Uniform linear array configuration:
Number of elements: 4
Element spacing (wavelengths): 0.75
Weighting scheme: blackman
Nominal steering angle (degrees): -45
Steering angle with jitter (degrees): -45.477
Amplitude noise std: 0.05
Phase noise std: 0.05

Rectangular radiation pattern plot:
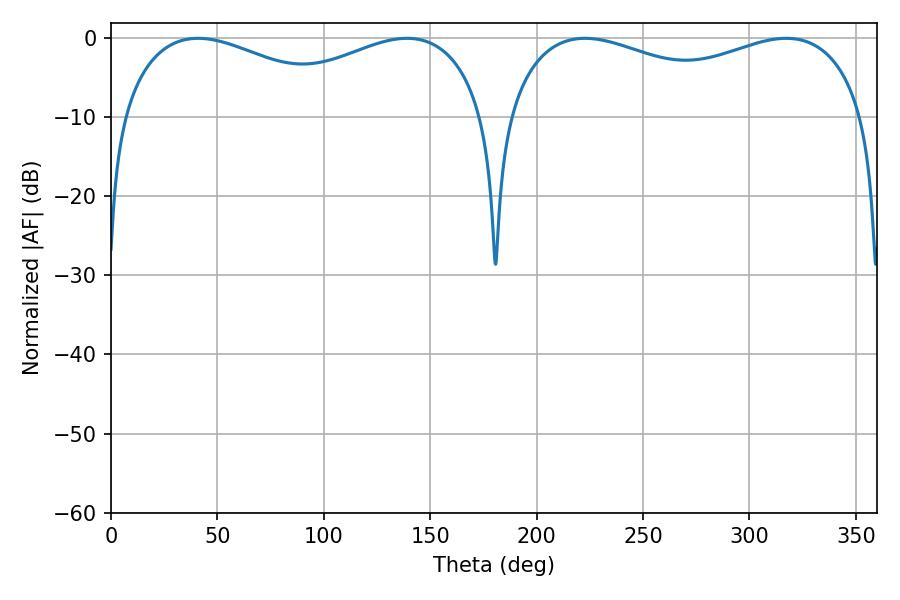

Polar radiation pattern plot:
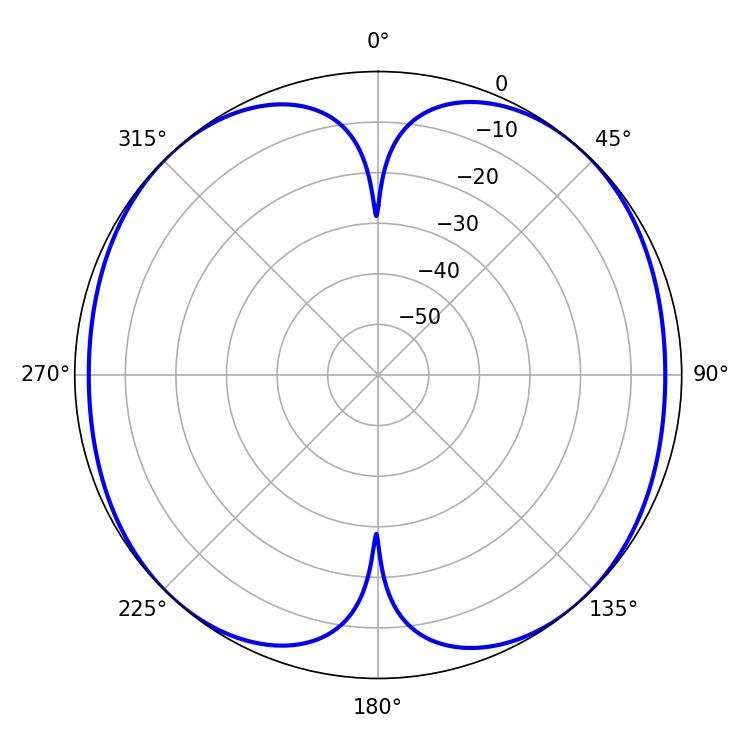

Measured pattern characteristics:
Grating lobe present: TRUE
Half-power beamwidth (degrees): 62.28
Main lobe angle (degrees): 139.14